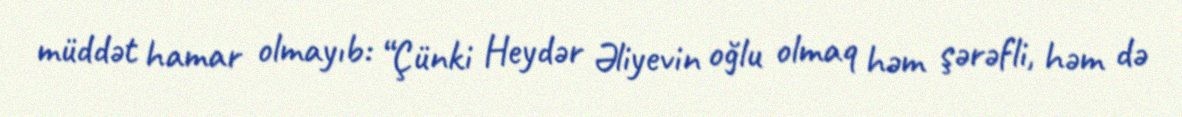
müddət hamar olmayıb: “Çünki Heydər Əliyevin oğlu olmaq həm şərəfli, həm də